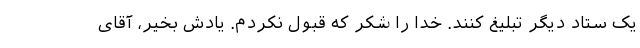
یک ستاد دیگر تبلیغ کنند. خدا را شکر که قبول نکردم. یادش بخیر، آقای